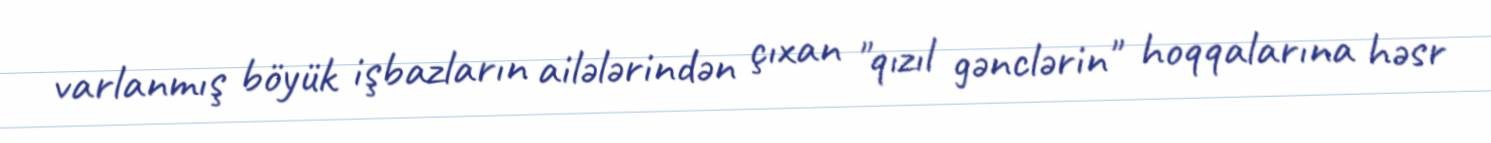
varlanmış böyük işbazların ailələrindən çıxan "qızıl gənclərin" hoqqalarına həsr